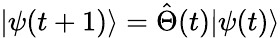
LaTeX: |\psi(t+1)\rangle=\hat{\Theta}(t)|\psi(t)\rangle